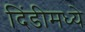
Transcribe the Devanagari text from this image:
दिंडीमध्ये